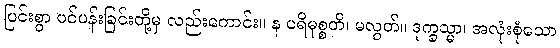
ပြင်းစွာ ပင်ပန်းခြင်းတို့မှ လည်းကောင်း။ န ပရိမုစ္စတိ၊ မလွတ်။ ဒုက္ခသ္မာ၊ အလုံးစုံသော